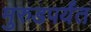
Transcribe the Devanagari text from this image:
मुरुडपर्यंत